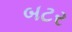
બટર